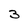
Character: 3